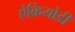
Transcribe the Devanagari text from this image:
ऐक्रियोडी